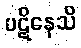
ပဋိနေသိ